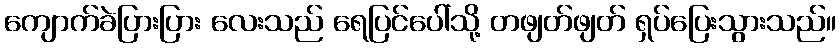
ကျောက်ခဲပြားပြား လေးသည် ရေပြင်ပေါ်သို့ တဖျတ်ဖျတ် ရှပ်ပြေးသွားသည်။